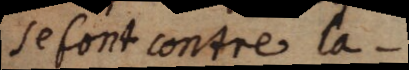
se font contre la